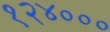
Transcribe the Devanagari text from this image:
१२४०००